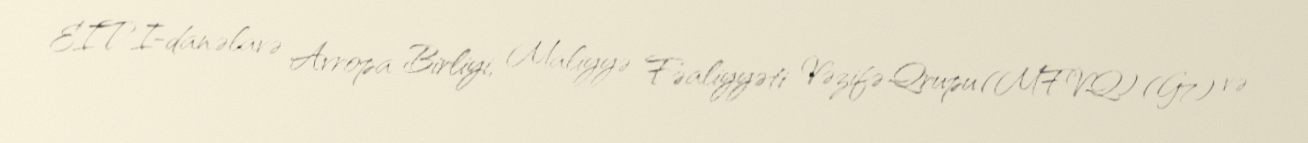
EITI-dan əlavə Avropa Birliyi, Maliyyə Fəaliyyəti Vəzifə Qrupu (MFVQ) (G7) və